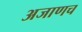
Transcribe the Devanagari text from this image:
अजाणच